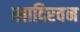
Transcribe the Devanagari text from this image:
खादिरवन